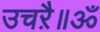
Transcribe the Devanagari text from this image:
उचऱै॥ॐ